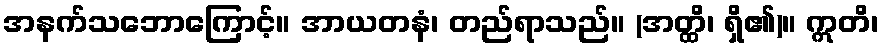
အနက်သဘောကြောင့်။ အာယတနံ၊ တည်ရာသည်။ (အတ္ထိ၊ ရှိ၏)။ ဣတိ၊